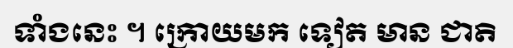
ទាំងនេះ ។ ក្រោយមក ទៀត មាន ជាតិ